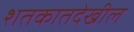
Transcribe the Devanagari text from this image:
शतकातदेखील